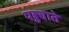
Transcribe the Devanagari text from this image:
पंहुचाते